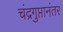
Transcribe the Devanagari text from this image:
चंद्रगुप्तानंतर